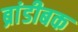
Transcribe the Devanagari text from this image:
ब्रांडीबक